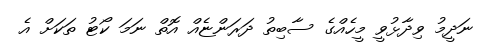
ނަދީމު ވިދާޅުވީ މީހެއްގެ ސާބިތު ދަރަންޏެއް އޮތް ނަމަ ކޯޓު ތަކަށް އެ